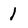
Character: 1